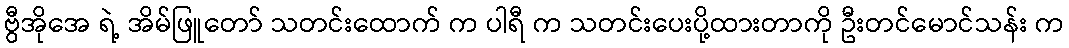
ဗွီအိုအေ ရဲ့ အိမ်ဖြူတော် သတင်းထောက် က ပါရီ က သတင်းပေးပို့ထားတာကို ဦးတင်မောင်သန်း က